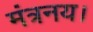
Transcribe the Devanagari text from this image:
मंत्रनय।